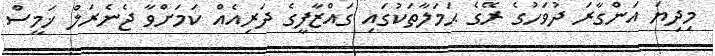
މިދިޔަ އަންގާރަ ދުވަހުގެ ރޭގެ ޙަމަލާތަކުގައި ގައްޒާފީގެ ދަރިިއެއް ކަމަށްވާ ޖެނެރަލް ޚަމީސް